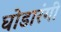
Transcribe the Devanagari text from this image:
घोडारंगी